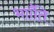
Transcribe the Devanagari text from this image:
भााँति